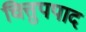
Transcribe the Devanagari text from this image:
चित्तुपपाद